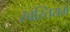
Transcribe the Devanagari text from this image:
स्वस्तियम